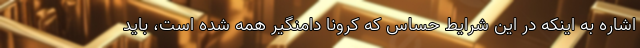
اشاره به اینکه در این شرایط حساس که کرونا دامنگیر همه شده است، باید